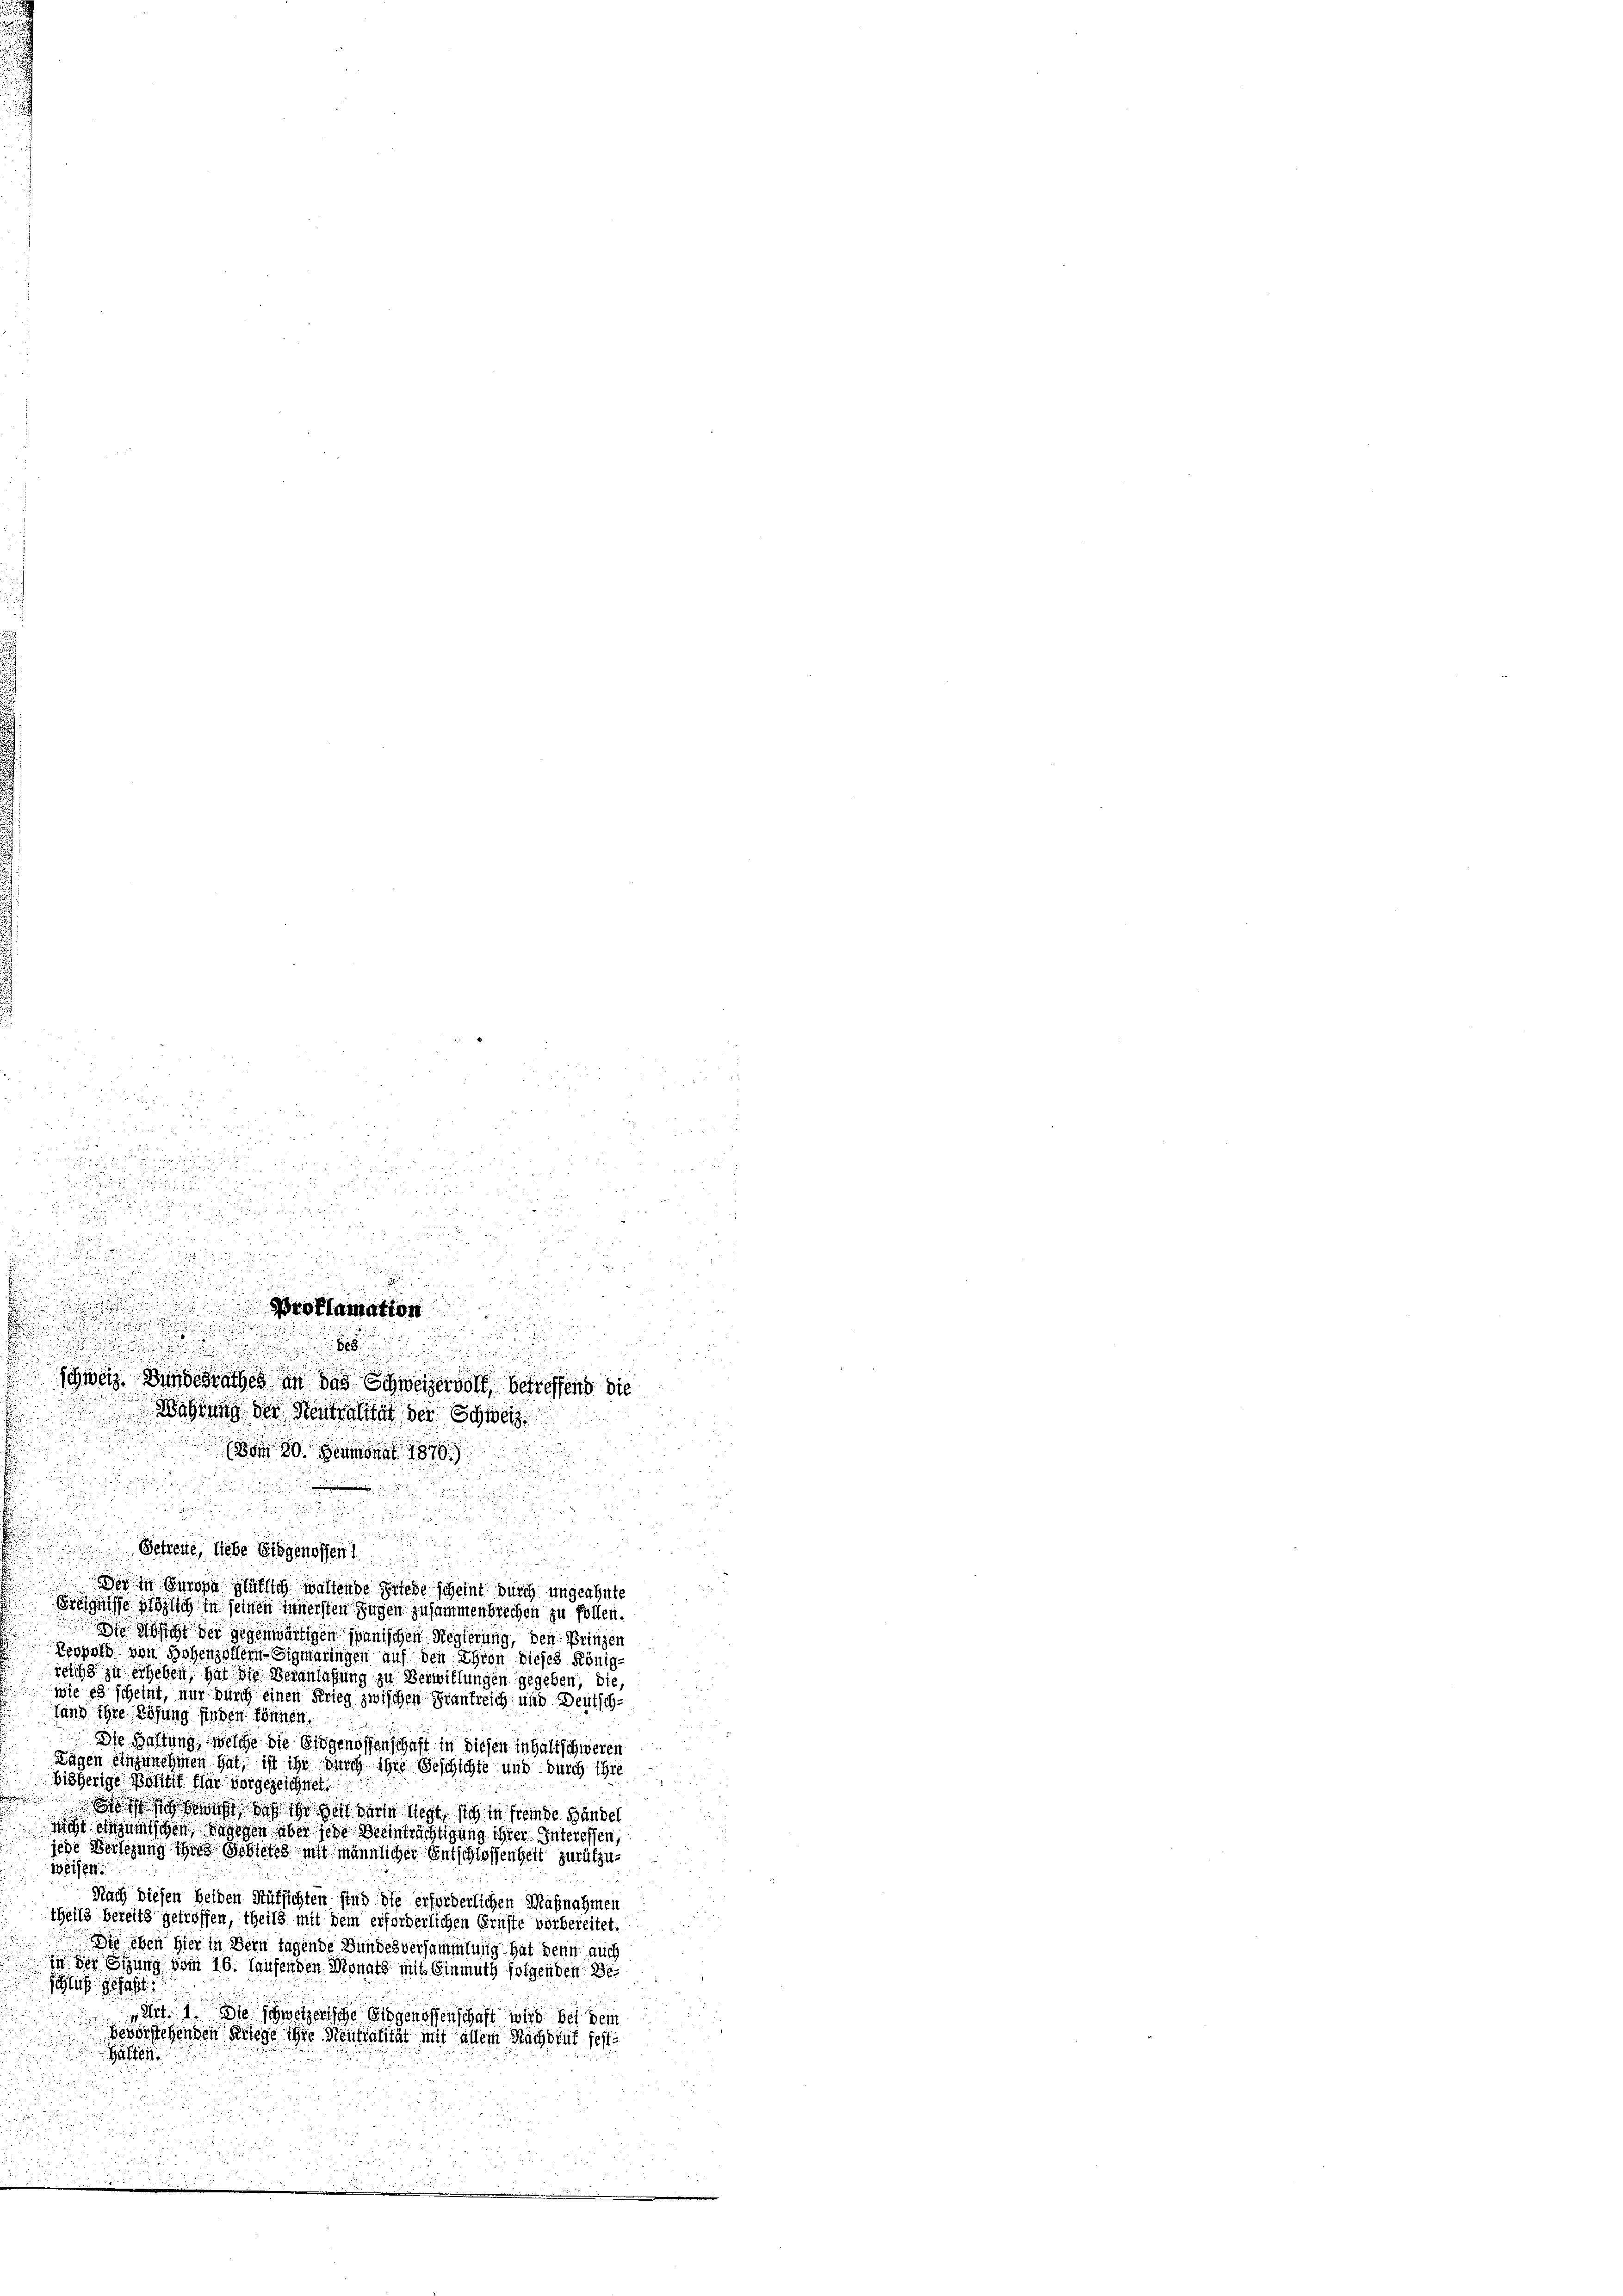
a
u
d
2

e

e

¬

5

Schiene, diese Eidgenossen

Der in Europa gütlich waltende Friede scheint durch ungeahnte
Ereignisse Möglich in seinen Innersten Zugen zusammenbrechen zu follen.
Die Ansicht der gegenwärtigen Spanischen Regierung, den Prinzen
Leopold von Hohenzollern Sigmaringen auf den Ehren dieses Königreiche zu erheben, hat die Veranlaßung zu Verwillungen gegeben, die,
wie es scheint, nur durch einen Krieg zwischen Frankreich und Deutsch-
fand ihre Lösung finden können.
Die Haftung, welche die Eidgenossenschaft in diesen inhaltschweren
Zagen einzunehmen hat, ist ihr durch ihre Geschichte und durch ihre
bisherige Wortet für vorgezeichnet.
  das sei darin liegt, sich in fremde Handel
nicht einzumischen dagegen aber jede Beeinträchtigung ihrer Interessen,
jede Versehung ihres Gebietes mit männlicher Entschlossenheit zurükzuweisen.
Nach diesen beiden Rüksichten sind die erforderlichen Maßnahmen
theils bereits getroffen, theils mit dem erforderlichen Grüste vorbereitet.
Die eben hier in Bern Tagende Bundesversammlung hat denn auch
in der Sitzung vom 16. Hausenden Monatz mit Einmuth folgenden Beschluß gefaßt:
Art. 1. Die schweizerische Eidgenossenschaft wird bei dem
bevorstehenden Kriege ihre Neutralität mit allem Nachdruk fest¬

a

E

n

a
i

d

.

.
d
Proklamation

n
Schweiz. Bundesrathes an das Schweizervoll betreffend die
Wahrung der Neutralität der Schweiz

(Bon 30. Heumonat 1870.)